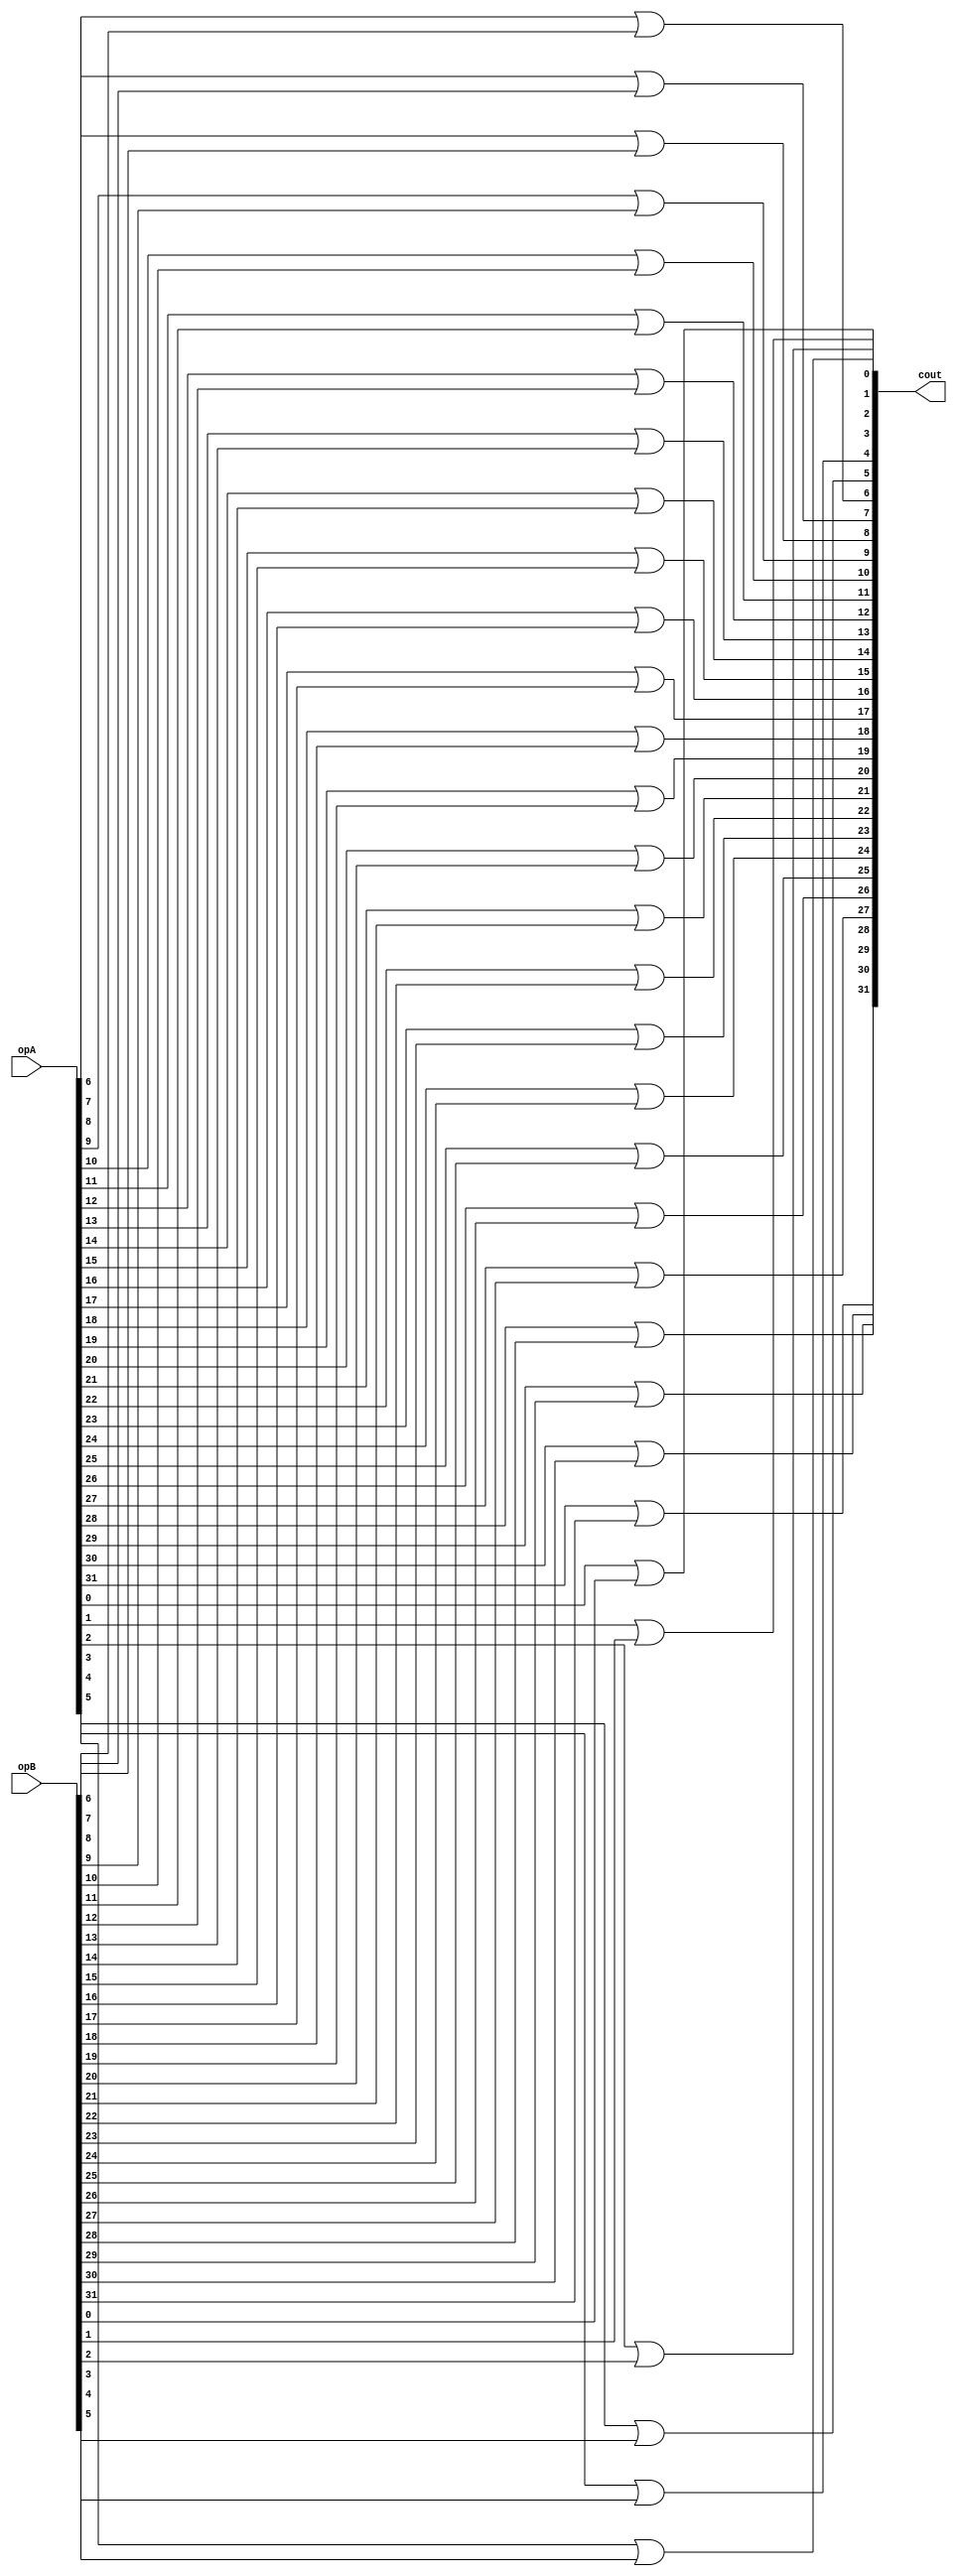
module my_or(opA, opB, cout);
	input [31:0] opA, opB;
	output [31:0] cout;
	or my_or0(cout[0], opA[0], opB[0]);
	or my_or1(cout[1], opA[1], opB[1]);
	or my_or2(cout[2], opA[2], opB[2]);
	or my_or3(cout[3], opA[3], opB[3]);
	or my_or4(cout[4], opA[4], opB[4]);
	or my_or5(cout[5], opA[5], opB[5]);
	or my_or6(cout[6], opA[6], opB[6]);
	or my_or7(cout[7], opA[7], opB[7]);
	or my_or8(cout[8], opA[8], opB[8]);
	or my_or9(cout[9], opA[9], opB[9]);
	or my_or10(cout[10], opA[10], opB[10]);
	or my_or11(cout[11], opA[11], opB[11]);
	or my_or12(cout[12], opA[12], opB[12]);
	or my_or13(cout[13], opA[13], opB[13]);
	or my_or14(cout[14], opA[14], opB[14]);
	or my_or15(cout[15], opA[15], opB[15]);
	or my_or16(cout[16], opA[16], opB[16]);
	or my_or17(cout[17], opA[17], opB[17]);
	or my_or18(cout[18], opA[18], opB[18]);
	or my_or19(cout[19], opA[19], opB[19]);
	or my_or20(cout[20], opA[20], opB[20]);
	or my_or21(cout[21], opA[21], opB[21]);
	or my_or22(cout[22], opA[22], opB[22]);
	or my_or23(cout[23], opA[23], opB[23]);
	or my_or24(cout[24], opA[24], opB[24]);
	or my_or25(cout[25], opA[25], opB[25]);
	or my_or26(cout[26], opA[26], opB[26]);
	or my_or27(cout[27], opA[27], opB[27]);
	or my_or28(cout[28], opA[28], opB[28]);
	or my_or29(cout[29], opA[29], opB[29]);
	or my_or30(cout[30], opA[30], opB[30]);
	or my_or31(cout[31], opA[31], opB[31]);
endmodule